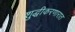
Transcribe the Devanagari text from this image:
शुद्धीकरणारात